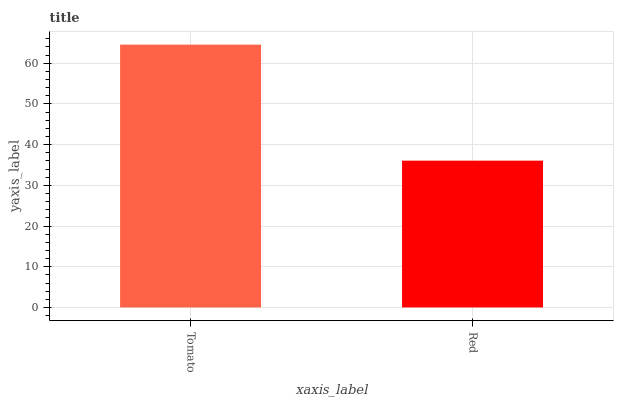
| xaxis_label | bars |
 | --- | --- |
 | Tomato | 64.6 |
 | Red | 36.1 |